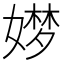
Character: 𮱖